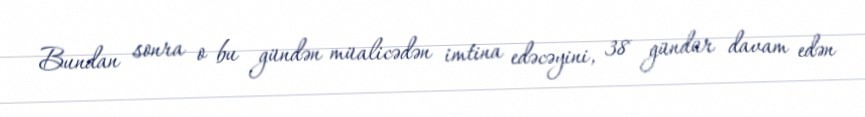
Bundan sonra o bu gündən müalicədən imtina edəcəyini, 38 gündür davam edən